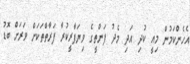
އެހެންކަމުން މިއީ ކުދި އަދި މެދު ފަންތީގެ ވިޔަފާރީކުރާ ފަރާތްތަކަށް ވަރަށް ބޮޑު